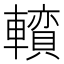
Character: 𨏅